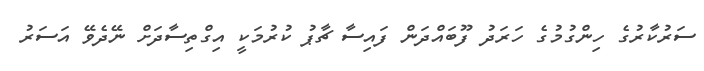
ސަރުކާރުގެ ހިންގުމުގެ ހަރަދު ފޫބައްދަން ފައިސާ ޗާޕު ކުރުމަކީ އިގްތިސާދަށް ނޭދެވޭ އަސަރު